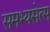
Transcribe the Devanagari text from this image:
समभ्यसेत्स